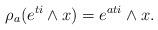
LaTeX: \begin{align*}\rho_a(e^{ti}\wedge x)=e^{ati}\wedge x.\end{align*}